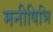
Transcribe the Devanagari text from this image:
मनीषिभि